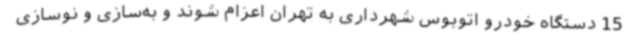
15 دستگاه خودرو اتوبوس شهرداری به تهران اعزام شوند و به‌سازی و نوسازی